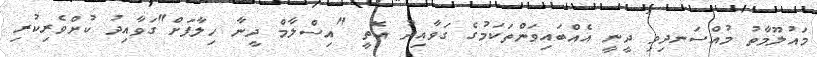
މައުލޫމާތު މުއްސަނދިވި ދީނީ އެއްބައިވަންތަކަމުގެ ގަވާއިދު އޮތީ "އިސްލާމް ދީނާ ހިލާފަށް"ގަވާއިދު ކުށްވެރިކުރި